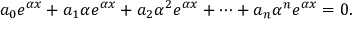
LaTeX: a _ { 0 } e ^ { \alpha x } + a _ { 1 } \alpha e ^ { \alpha x } + a _ { 2 } \alpha ^ { 2 } e ^ { \alpha x } + \cdots + a _ { n } \alpha ^ { n } e ^ { \alpha x } = 0 .